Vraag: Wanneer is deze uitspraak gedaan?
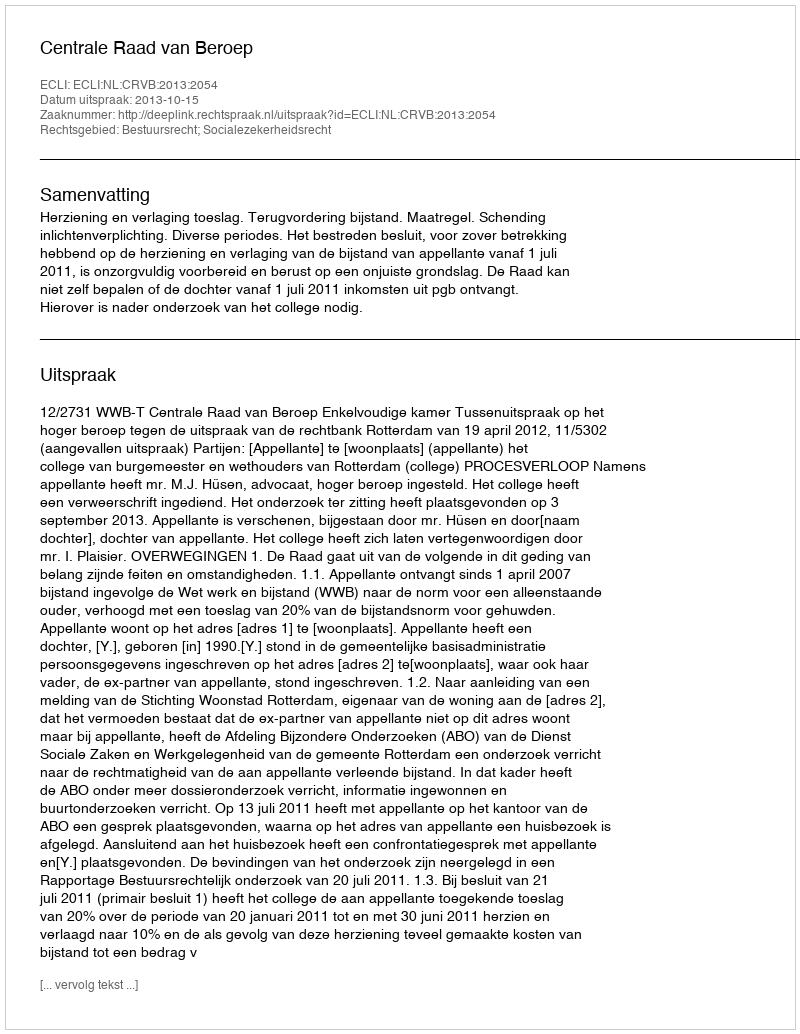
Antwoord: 2013-10-15